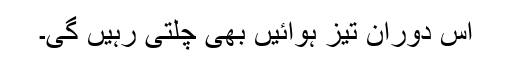
اس دوران تیز ہوائیں بھی چلتی رہیں گی۔